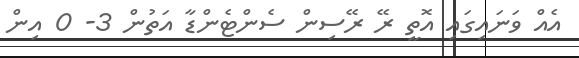
އެއް ވަނައިގައި އޮތީ ރޭ ރޭސިން ސެންޓެންޑާ އަތުން 3- 0 އިން